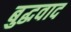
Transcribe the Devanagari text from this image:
बुद्धवाद